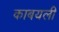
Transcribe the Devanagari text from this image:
काबयली